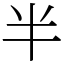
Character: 半